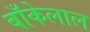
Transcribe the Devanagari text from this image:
बाँकेलाल